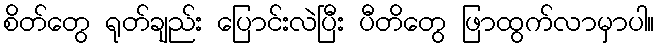
စိတ်တွေ ရုတ်ချည်း ပြောင်းလဲပြီး ပီတိတွေ ဖြာထွက်လာမှာပါ။